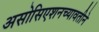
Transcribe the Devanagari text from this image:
असोसिएशनच्यावतीने